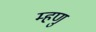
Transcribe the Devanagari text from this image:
म्हणु